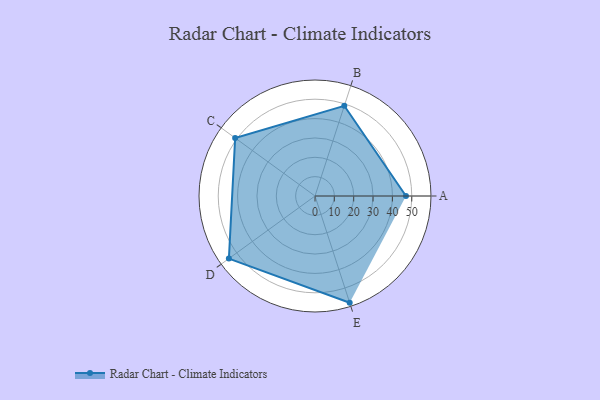
{"axis": {"x": "Skill", "y": "Score"}, "legend": ["Profile"], "data": [{"x": "A", "y": 47.0, "type": "Profile"}, {"x": "B", "y": 49.0, "type": "Profile"}, {"x": "C", "y": 51.0, "type": "Profile"}, {"x": "D", "y": 55.0, "type": "Profile"}, {"x": "E", "y": 58.0, "type": "Profile"}]}